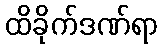
ထိခိုက်ဒဏ်ရာ